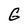
Character: G